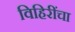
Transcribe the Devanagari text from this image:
विहिरींचा